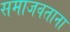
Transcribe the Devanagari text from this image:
समाजवताना